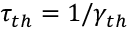
\tau _ { t h } = 1 / \gamma _ { t h }